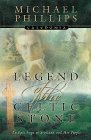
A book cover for Legend of the Celtic Stone (Caledonia Series, Book 1); Michael Phillips; Religion & Spirituality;